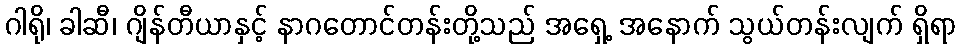
ဂါရို၊ ခါဆီ၊ ဂျိန်တီယာနှင့် နာဂတောင်တန်းတို့သည် အရှေ့ အနောက် သွယ်တန်းလျက် ရှိရာ